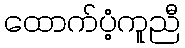
ထောက်ပံ့ကူညီ